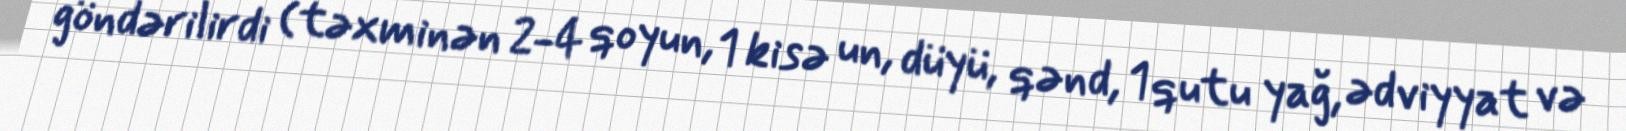
göndərilirdi (təxminən 2-4 qoyun, 1 kisə un, düyü, qənd, 1 qutu yağ, ədviyyat və